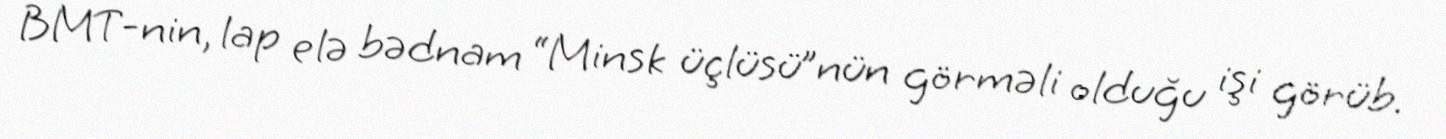
BMT-nin, lap elə bədnam “Minsk üçlüsü”nün görməli olduğu işi görüb.